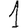
Digit: 1